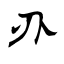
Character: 刅